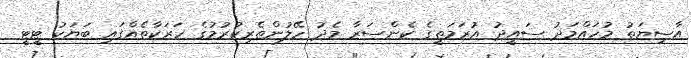
އާސިޔަތު މުހައްމަދު ސައީދު އުރަމަތީގެ ކެންސަރާ މެދު ހޭލުންތެރިކުރުމުގެ ހަރަކާތެއްގައި ބަޔަކު ޓީޓީ